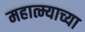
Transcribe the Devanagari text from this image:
महात्म्याच्या